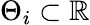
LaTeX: \Theta_{i}\subset\mathbb{R}